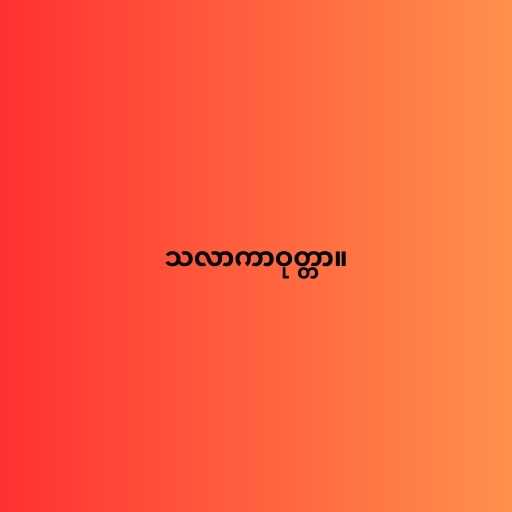
သလာကာဝုတ္တာ။